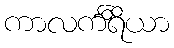
ကာလင်္ကိရိယာ